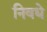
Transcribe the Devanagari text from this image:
निवधे